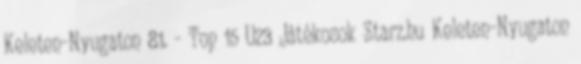
Keleten-Nyugaton 81. - Top 15 U23 Játékosok Starz.hu Keleten-Nyugaton